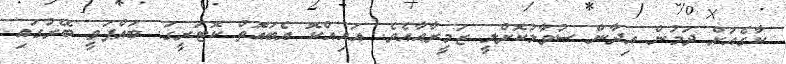
ކާގެއަށް ދަމުން އިދާން ސުވާލުކޮށްލީ ޒަމީރާއާއެވެ. އައިއްކޮ އެބައޮތް ކޮޓަރީގަ. ބައްޕަވީ ބޭރުގައި.